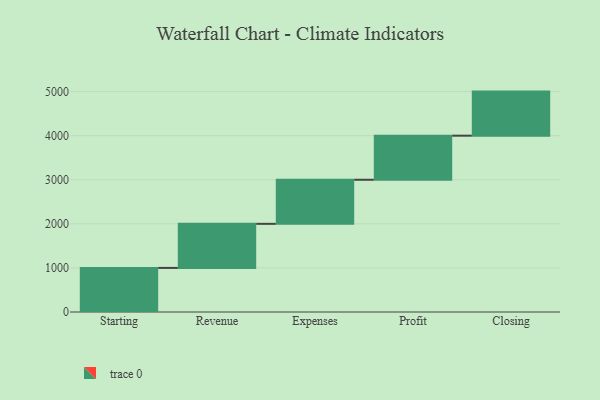
{"axis": {"x": "Step", "y": "Value"}, "legend": [""], "data": [{"x": "Starting", "y": 1000, "type": ""}, {"x": "Revenue", "y": 1000, "type": ""}, {"x": "Expenses", "y": 1000, "type": ""}, {"x": "Profit", "y": 1000, "type": ""}, {"x": "Closing", "y": 1000, "type": ""}]}